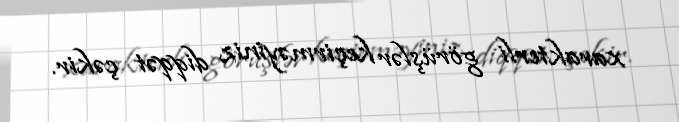
xarakterli görüşlər keçirməyiniz diqqət çəkir.